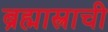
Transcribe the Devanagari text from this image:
ब्रह्मास्त्राची